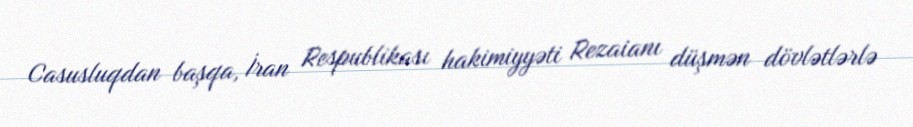
Casusluqdan başqa, İran Respublikası hakimiyyəti Rezaianı düşmən dövlətlərlə